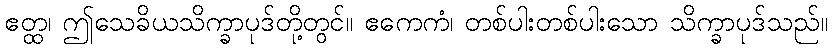
ဧတ္ထ၊ ဤသေခိယသိက္ခာပုဒ်တို့တွင်။ ဧကေကံ၊ တစ်ပါးတစ်ပါးသော သိက္ခာပုဒ်သည်။